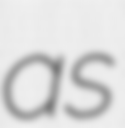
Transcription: as